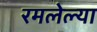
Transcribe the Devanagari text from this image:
रमलेल्या